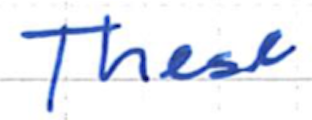
Text: These
Cross-out: clean
Writing tool: ballpoint